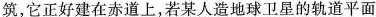
筑，它正好建在赤道上，若某人造地球卫星的轨道平面